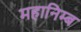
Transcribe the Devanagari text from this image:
महानिम्ब